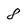
Character: 8